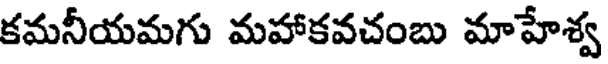
కమనీయమగు మహాకవచంబు మాహేశ్వ